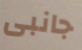
جانبى